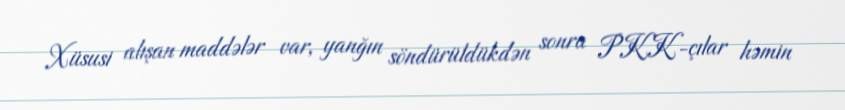
Xüsusi alışan maddələr var, yanğın söndürüldükdən sonra PKK-çılar həmin